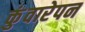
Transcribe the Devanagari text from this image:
कुंवारेपन